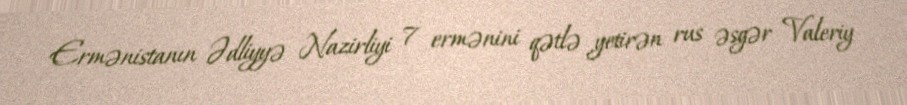
Ermənistanın Ədliyyə Nazirliyi 7 ermənini qətlə yetirən rus əsgər Valeriy